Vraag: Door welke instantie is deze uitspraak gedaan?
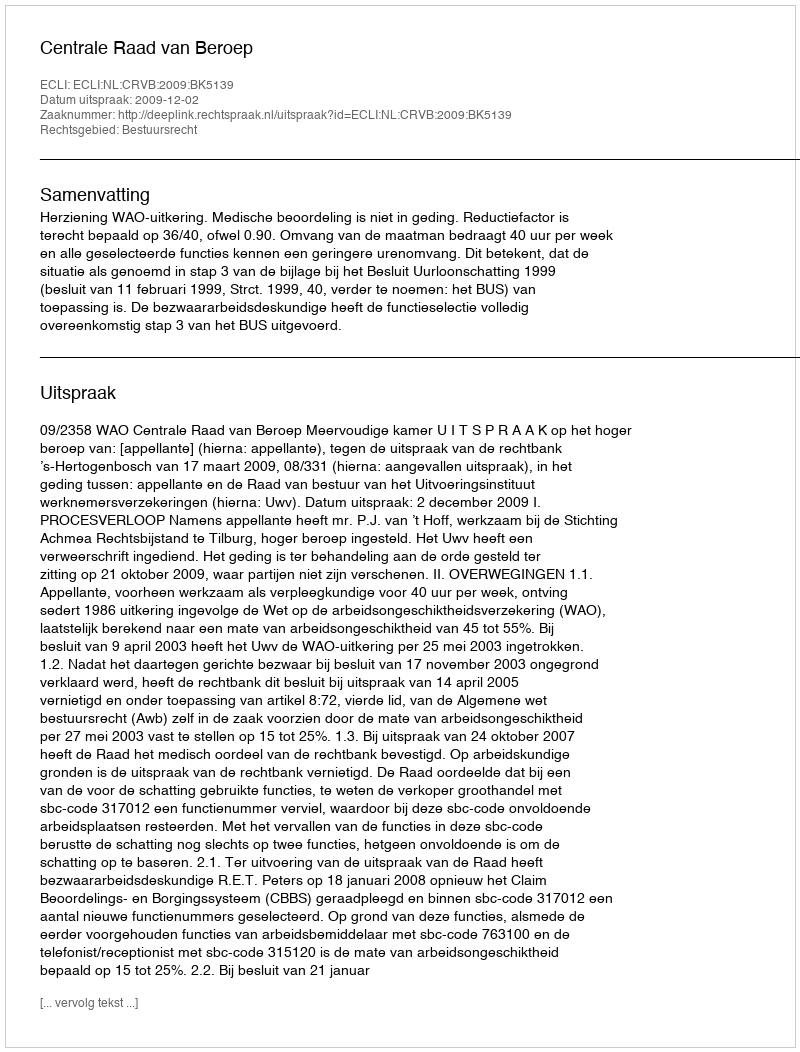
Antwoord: Centrale Raad van Beroep